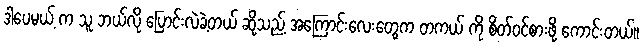
ဒါပေမယ့် က သူ ဘယ်လို ပြောင်းလဲခဲ့တယ် ဆိုသည့် အကြောင်းလေးတွေက တကယ် ကို စိတ်ဝင်စားဖို့ ကောင်းတယ်။